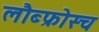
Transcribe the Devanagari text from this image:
लौब्फ्रोस्च